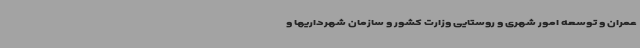
عمران و توسعه امور شهری و روستایی وزارت کشور و سازمان شهرداریها و